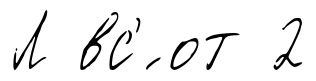
Л вс'́ от 2